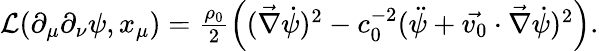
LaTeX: \begin{array}{r}{\mathcal{L}(\partial_{\mu}\partial_{\nu}\psi,x_{\mu})=\frac{\rho_{0}}{2}\left((\vec{\nabla}\dot{\psi})^{2}-c_{0}^{-2}(\ddot{\psi}+\vec{v_{0}}\cdot\vec{\nabla}\dot{\psi})^{2}\right).}\end{array}